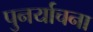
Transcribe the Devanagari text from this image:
पुनर्याचना